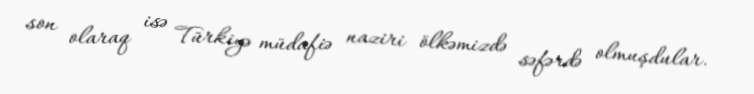
son olaraq isə Türkiyə müdafiə naziri ölkəmizdə səfərdə olmuşdular.